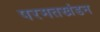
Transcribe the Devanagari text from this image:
परमतखंडन